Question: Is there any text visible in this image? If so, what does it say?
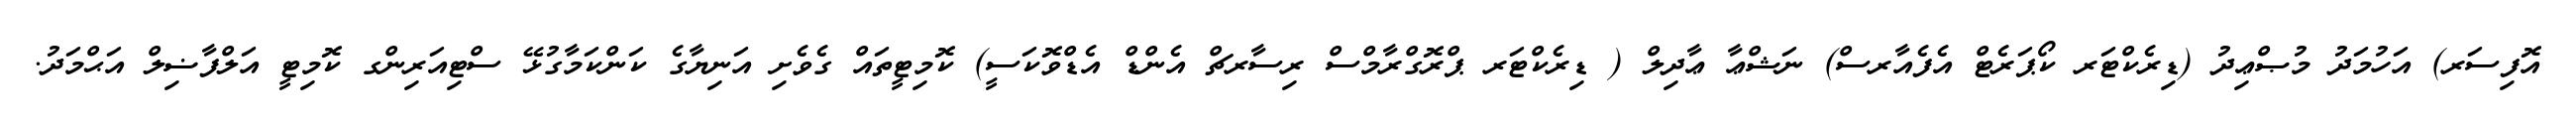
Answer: އޮފިސަރ) އަހުމަދު މުޞްޢިދު (ޑިރެކްޓަރ ކޯޕަރެޓް އެފެއާރސް) ނަޝްޢާ ޢާދިލް ( ޑިރެކްޓަރ ޕްރޮގްރާމްސް ރިސާރޗް އެންޑް އެޑްވޮކަސީ) ކޮމިޓީތައް ގެވެށި އަނިޔާގެ ކަންކަމާގުޅޭ ސްޓިއަރިންގ ކޮމިޓީ އަލްފާޟިލް އަޙްމަދު.